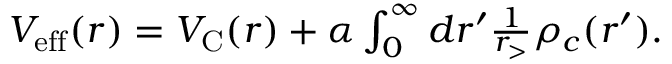
\begin{array} { r } { V _ { \mathrm { e f f } } ( r ) = V _ { \mathrm { C } } ( r ) + \alpha \int _ { 0 } ^ { \infty } d r ^ { \prime } \frac { 1 } { r _ { > } } \rho _ { c } ( r ^ { \prime } ) . } \end{array}